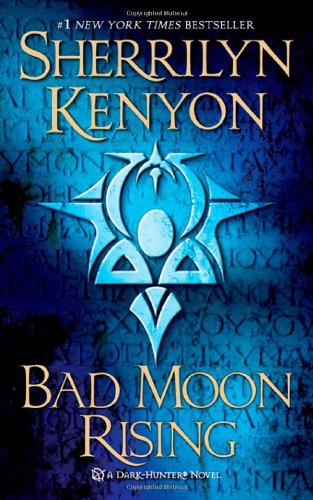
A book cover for Bad Moon Rising: A Dark-Hunter Novel (Dark-Hunter Novels); Sherrilyn Kenyon; Romance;